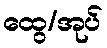
ထွေ/အုပ်